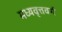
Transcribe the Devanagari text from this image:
मध्यवृत्तवर्ग